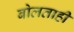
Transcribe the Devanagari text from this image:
बोलताही